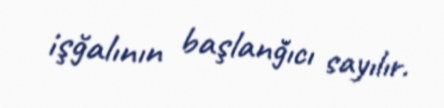
işğalının başlanğıcı sayılır.